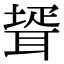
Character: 𦖜